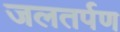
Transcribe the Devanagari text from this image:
जलतर्पण